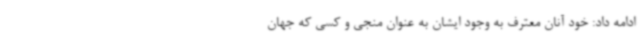
ادامه داد: خود آنان معترف به وجود ایشان به عنوان منجی و کسی که جهان